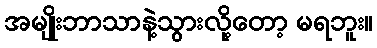
အမျိုးဘာသာနဲ့သွားလို့တော့ မရဘူး။